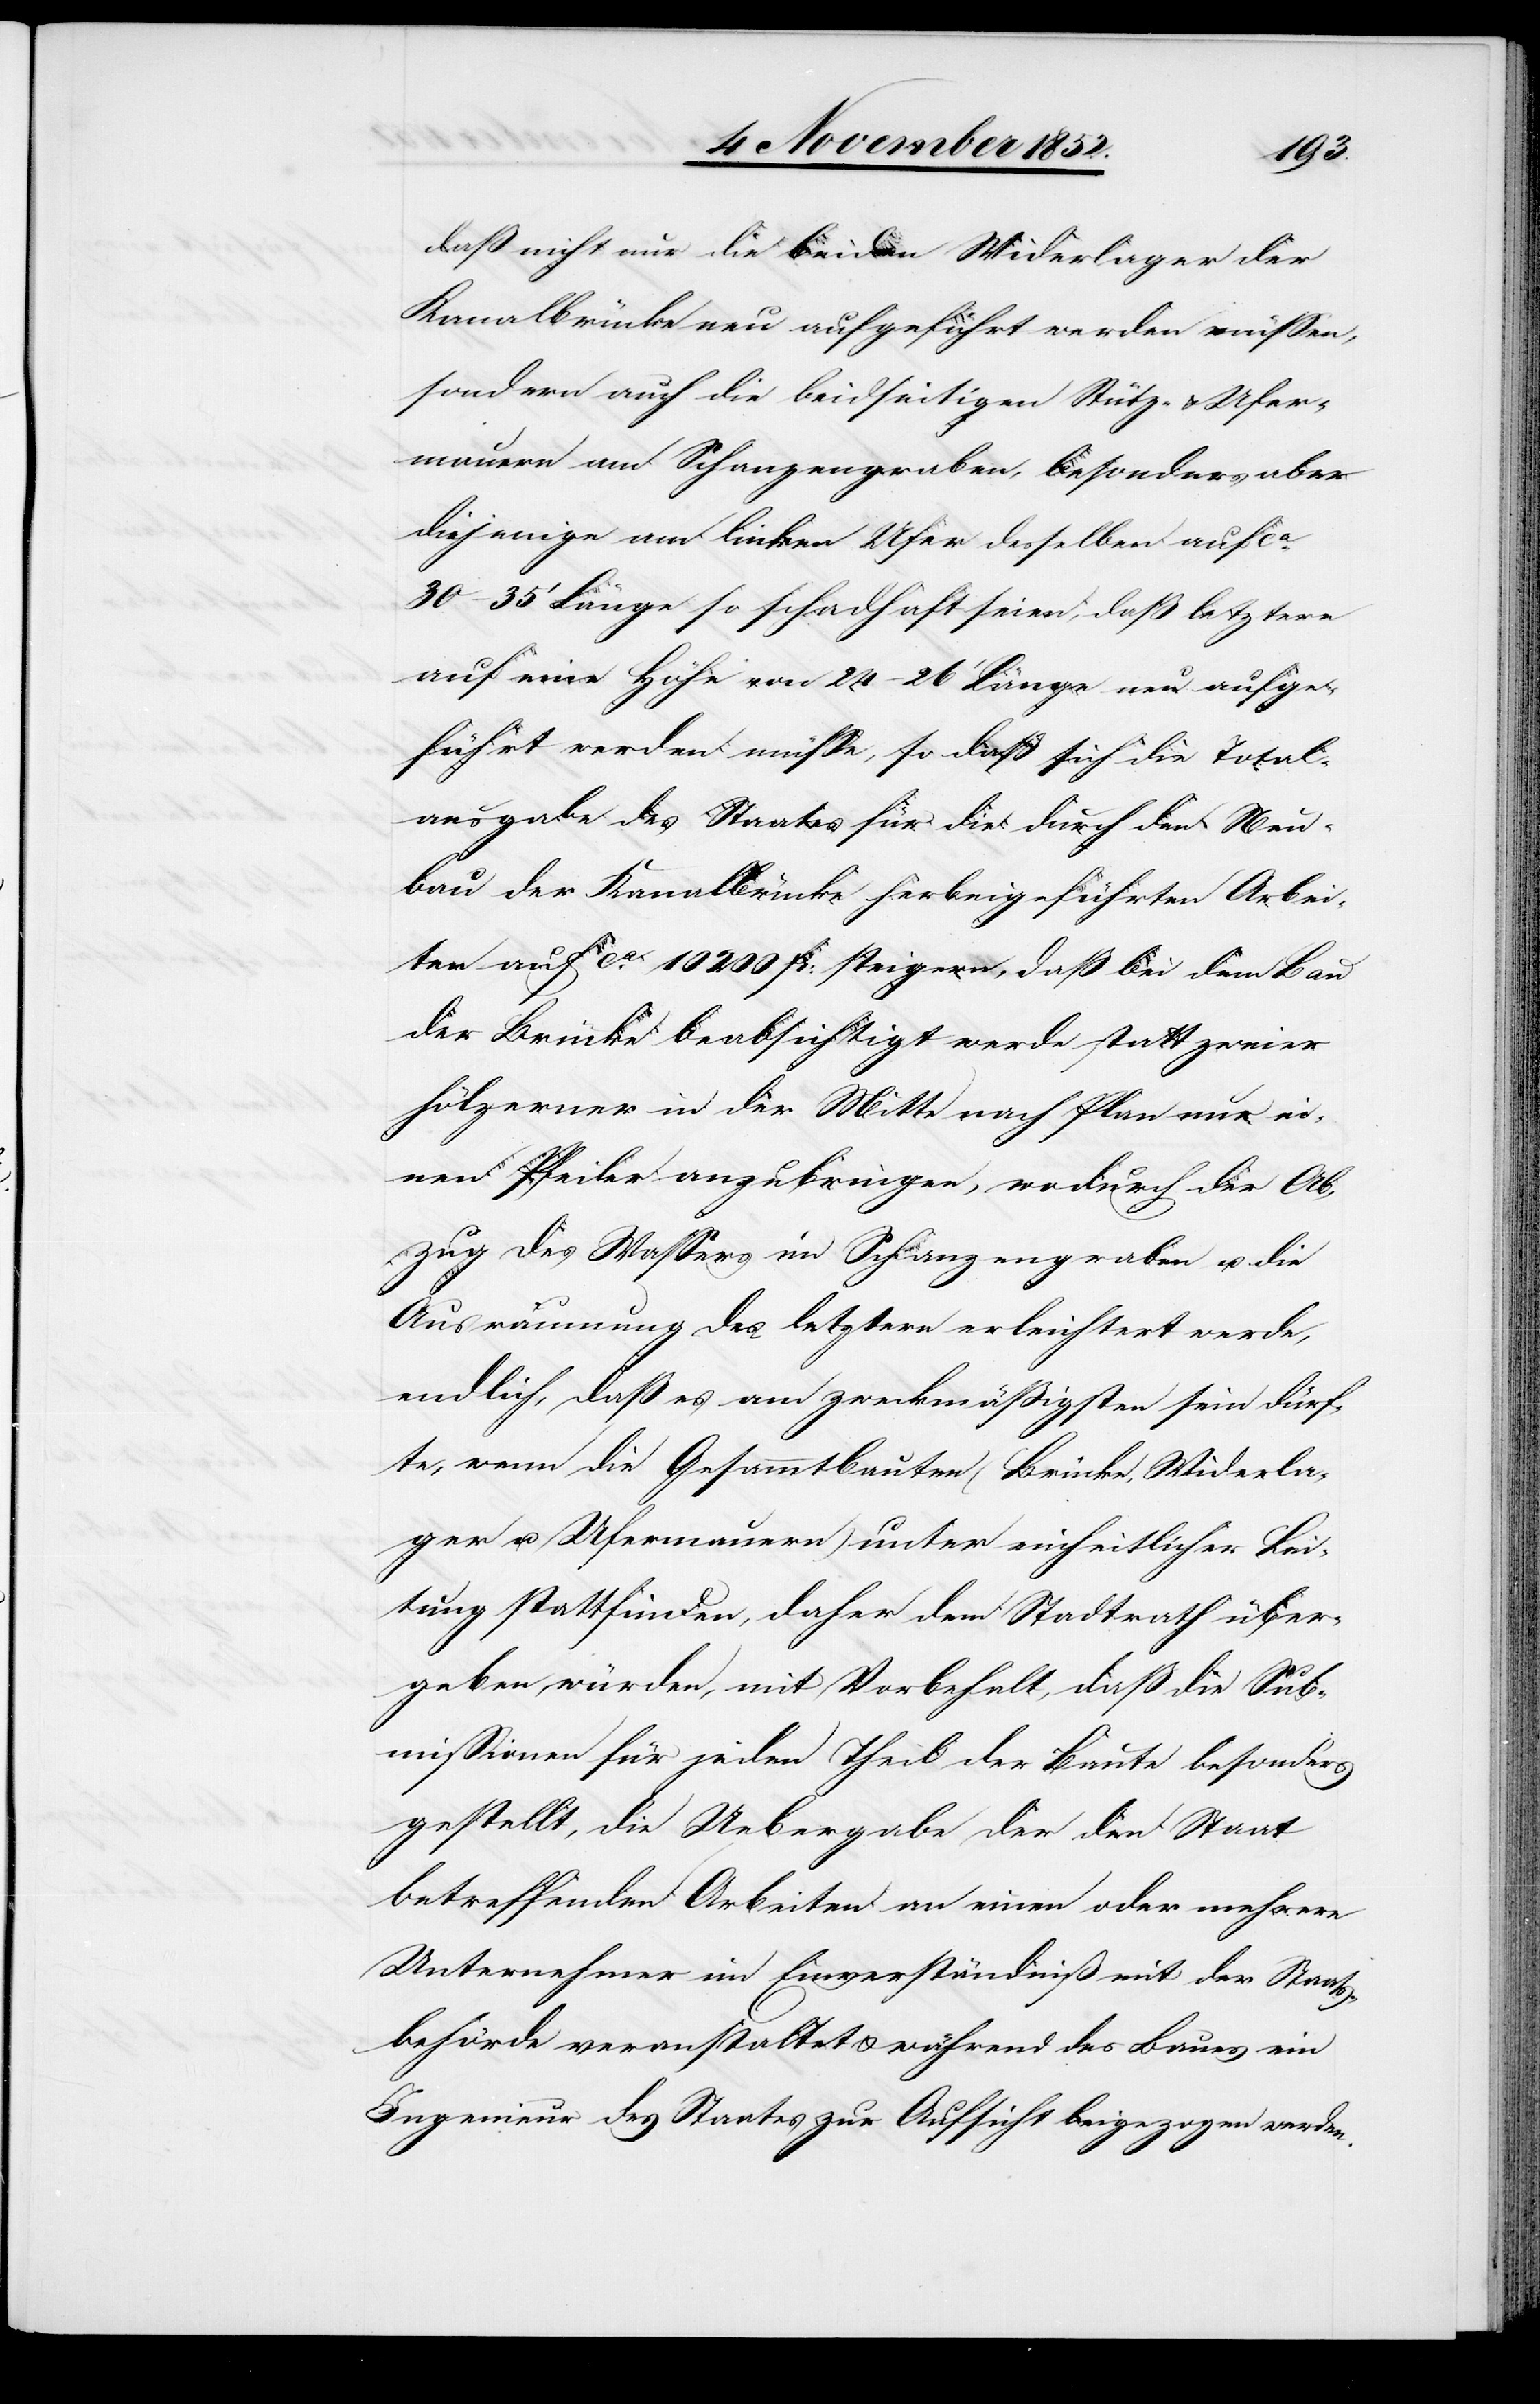
daß nicht nur die beiden Widerlager der
Kanalbrücke neu aufgeführt werden müssen,
sondern auch die beidseitigen Stütz- & Ufer¬
mauern am Schanzengraben, besonders aber
diejenige am linken Ufer desselben auf ca.
30–35‘ Länge so schadhaft seien, daß letztere
auf eine Höhe von 24–26‘ Länge neu aufge¬
führt werden müsse, so daß sich die Total¬
ausgabe des Staates für die durch den Neu¬
bau der Kanalbrücke herbeigeführten Arbei¬
ten auf ca. 10 200 Fr: steigern, daß bei dem Bau
der Brücke beabsichtigt werde statt zweier
hölzerner in der Mitte nach Plan nur ei¬
nen Pfeiler anzubringen, wodurch der Ab¬
zug des Wassers im Schanzengraben u. die
Ausräumung des letztern erleichtert werde,
endlich, daß es am zweckmäßigsten sein dürf¬
te, wenn die Gesammtbauten (Brücke, Widerla¬
ger u. Ufermauern) unter einheitlicher Lei¬
tung stattfinden, daher dem Stadtrath über¬
geben würden, mit Vorbehalt, daß die Sub¬
missionen für jeden Theil der Baute besonders
gestellt, die Uebergabe der den Staat
betreffenden Arbeiten an einen oder mehrere
Unternehmer im Einverständniß mit der Staats¬
behörde veranstaltet & während des Baues ein
Ingenieur des Staates zur Aufsicht beigezogen werden.